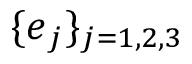
\{ \boldsymbol { e } _ { j } \} _ { j = 1 , 2 , 3 }